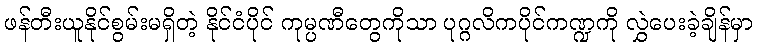
ဖန်တီးယူနိုင်စွမ်းမရှိတဲ့ နိုင်ငံပိုင် ကုမ္ပဏီတွေကိုသာ ပုဂ္ဂလိကပိုင်ကဏ္ဍကို လွှဲပေးခဲ့ချိန်မှာ